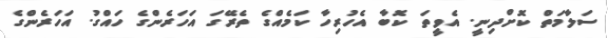
ސަލާމަތް ކޮށްދިނީ. އެވީތަ ކޮބާ އެހުރިހާ ކަމެއްގެ ތެރޭގަ އަހަރެންގެ ހައްގު. އަހަރެންގެ